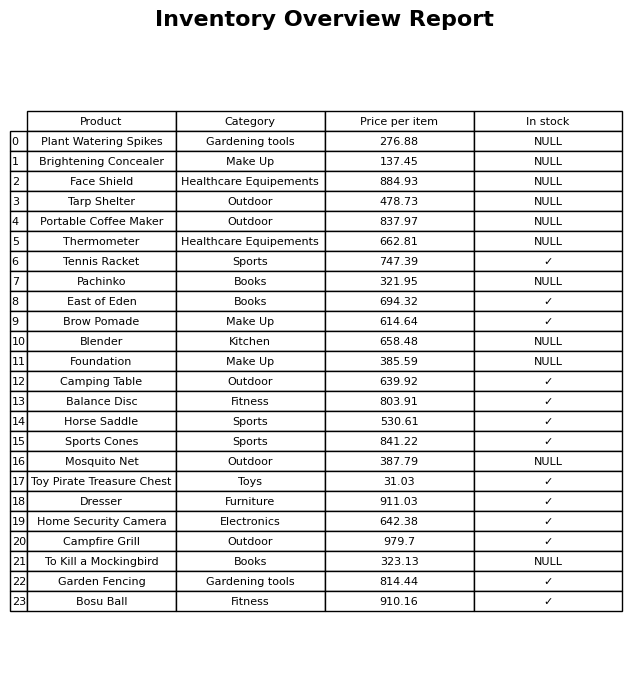
question: Is the Toy Pirate Treasure Chest in stock?
answer: ✓